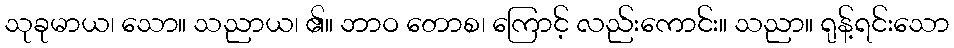
သုခုမာယ၊ သော။ သညာယ၊ ၏။ ဘာဝ တောစ၊ ကြောင့် လည်းကောင်း။ သညာ။ ရုန့်ရင်းသော